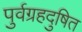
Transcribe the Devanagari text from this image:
पुर्वग्रहदुषित